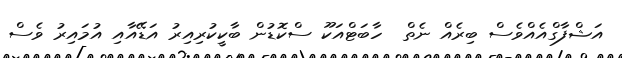
އަޝްފާގްއެއްވެސް ބިރެއް ނެތް  ހާބަޓްއަކޫ ސްކޮޑުން ބާކީކުރިއިރު އަޑޭއާއި އުމައިރު ވެސް